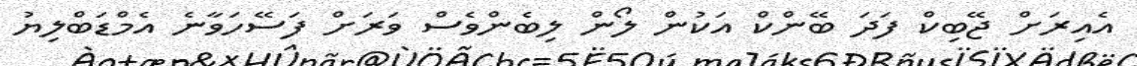
އެއިރަށް ޖޭބިކް ފަދަ ބޭންކް އަކުން ލޯން ލިބެންވެސް ވަރަށް ފަސޭހަވާނެ އެމްޑަބްލިޔު